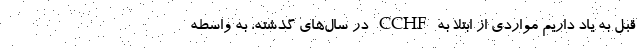
قبل به یاد داریم مواردی از ابتلا به CCHF در سال‌های گذشته، به واسطه